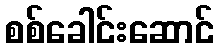
စစ်ခေါင်းဆောင်